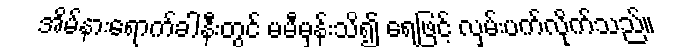
အိမ်နားရောက်ခါနီးတွင် မမီမှန်းသိ၍ ရေဖြင့် လှမ်းပက်လိုက်သည်။